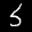
Label: 5